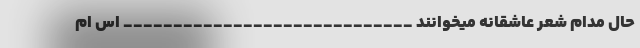
حال مدام شعر عاشقانه میخوانند _____________________________ اس ام